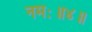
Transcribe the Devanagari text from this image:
नमः॥४॥